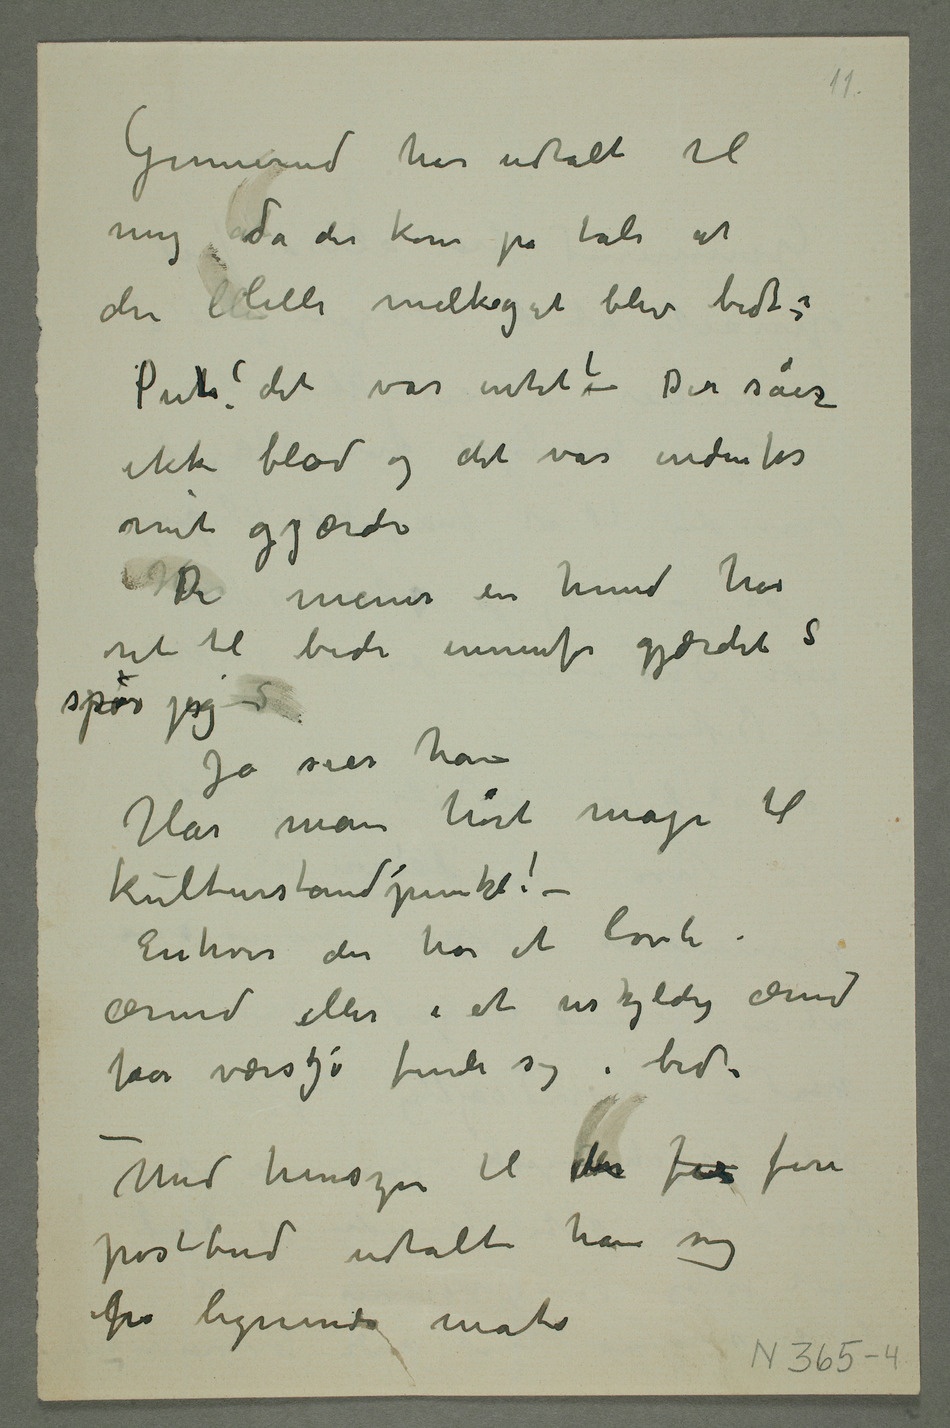
Gunnerud har udtalt til
mig atda det kom på tale at
den lille melkegut blev bidt:
ikke blod og det var indenfor
mit gjærde
HarDe mener en hund har
ret til bide innenfor gjærdet?
spør jeg –S
Ja sier han
Har man hørt mage til
kulturstandpunkt! –
Enhver der har et lovli
ærend eller i et uskyldi ærend
får værsgo finde sig i bid –
– Med hensyn til de f fire
postbud udtalte han sig